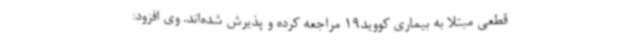
قطعی مبتلا به بیماری کووید19 مراجعه کرده و پذیرش شده‌اند. وی افزود: